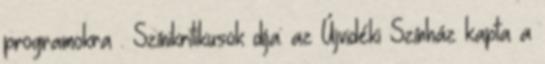
programokra . Színikritikusok díja: az Újvidéki Színház kapta a